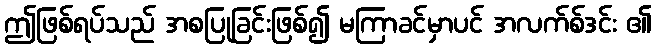
ဤဖြစ်ရပ်သည် အစပြုခြင်းဖြစ်၍ မကြာခင်မှာပင် အလက်စ်ဒင်း ၏